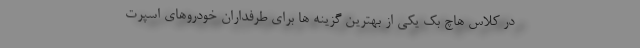
در کلاس هاچ بک یکی از بهترین گزینه ها برای طرفداران خودروهای اسپرت